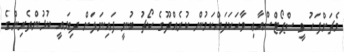
މެޗަށްފަހު ވީ ސްޕޯޓްސްއާޢި ވާހަކަދައްކަމުން ކުރެއްދޫގެ ކޯޗު ބުނީ ފަައިނަލަށް ދިޔައީ ކުޅުންތެރިންގެ